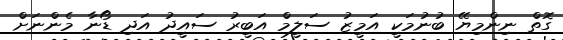
ގޮތް ނިންމިޔޭ ބުނުމަކީ އަމީޒު ސަލީމް އަބީރު ސައީދު އަދި ޑޯނާ މެންނަށް